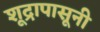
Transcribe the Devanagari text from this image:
शूद्रापासूनी